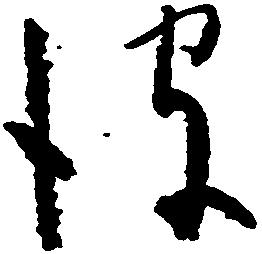
彼